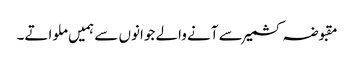
مقبوضہ کشمیر سے آنے والے جوانوں سے ہمیں ملواتے۔